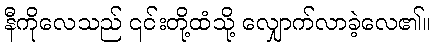
နီကိုလေသည် ၎င်းတို့ထံသို့ လျှောက်လာခဲ့လေ၏။